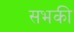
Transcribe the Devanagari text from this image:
सभकी